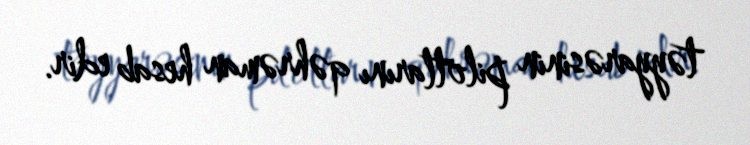
təyyarəsinin pilotlarını qəhrəman hesab edir.